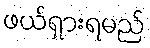
ဖယ်ရှားရမည်